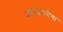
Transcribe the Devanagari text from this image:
अराजकतेचा